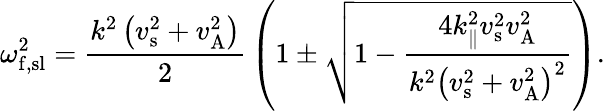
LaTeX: \omega_{\mathrm{f,sl}}^{2}={\frac{k^{2}\left(v_{\mathrm{s}}^{2}+v_{\mathrm{A}}^{2}\right)}{2}}\left(1\pm{\sqrt{1-{\frac{4k_{\parallel}^{2}v_{\mathrm{s}}^{2}v_{\mathrm{A}}^{2}}{k^{2}\left(v_{\mathrm{s}}^{2}+v_{\mathrm{A}}^{2}\right)^{2}}}}}\right).